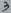
Text: 3